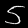
Digit: 5